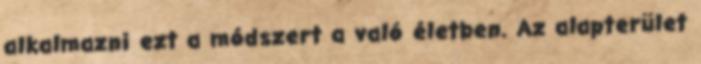
alkalmazni ezt a módszert a való életben. Az alapterület